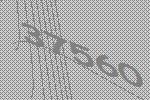
37560